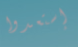
إستعدوا